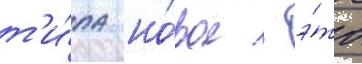
т'и́па но́вое - э́то